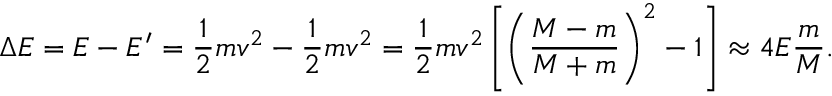
\Delta E = E - E ^ { \prime } = \frac { 1 } { 2 } m v ^ { 2 } - \frac { 1 } { 2 } m v ^ { 2 } = \frac { 1 } { 2 } m v ^ { 2 } \left[ \left( \frac { M - m } { M + m } \right) ^ { 2 } - 1 \right] \approx 4 E \frac { m } { M } .